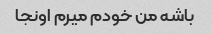
باشه من خودم میرم اونجا